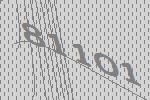
81101